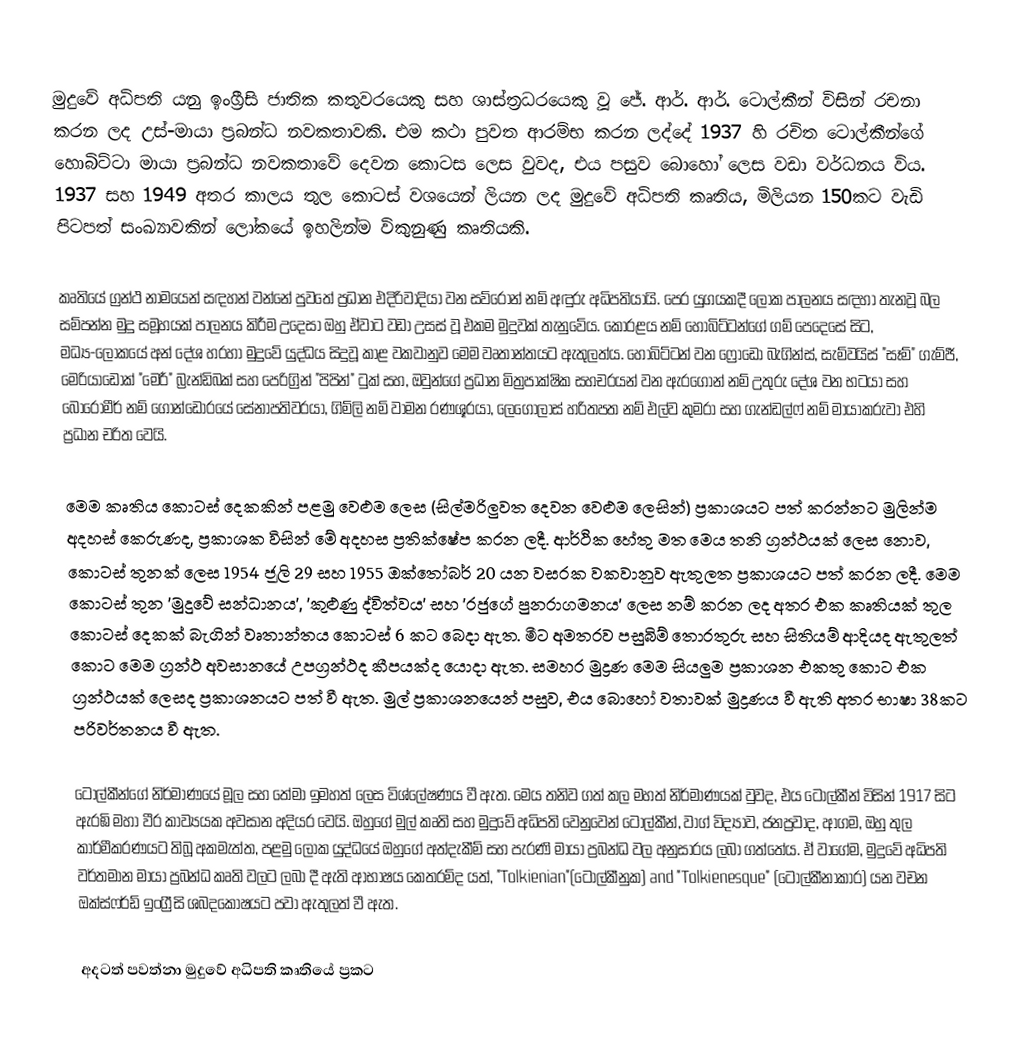
මුදුවේ අධිපති යනු ඉංග්‍රීසි ජාතික කතුවරයෙකු සහ ශාස්ත්‍රධරයෙකු වූ ජේ. ආර්. ආර්. ටොල්කීන් විසින් රචනා කරන ලද උස්-මායා ප්‍රබන්ධ  නවකතාවකි. එම කථා පුවත ආරම්භ කරන ලද්දේ 1937 හි රචිත ටොල්කීන්ගේ හොබිට්ටා මායා ප්‍රබන්ධ නවකතාවේ දෙවන කොටස ලෙස වුවද, එය පසුව බොහෝ ලෙස වඩා වර්ධනය විය. 1937 සහ 1949 අතර කාලය තුල කොටස් වශයෙන් ලියන ලද මුදුවේ අධිපති කෘතිය, මිලියන 150කට වැඩි පිටපත් සංඛ්‍යාවකින් ලෝකයේ ඉහලින්ම විකුනුණු කෘතියකි.

කෘතියේ ග්‍රන්ථ නාමයෙන් සඳහන් වන්නේ පුවතේ ප්‍රධාන එදිරිවාදියා වන සව්රොන් නම් අඳුරු අධිපතියායි. පෙර යුගයකදී ලෝක පාලනය සඳහා තැනවූ බල සම්පන්න මුදු සමූහයක් පාලනය කිරීම උදෙසා ඔහු ඒවාට වඩා උසස් වූ එකම මුදුවක් තැනුවේය. කෝරළය නම් හොබිට්ටන්ගේ ගම් පෙදෙසේ සිට, මධ්‍ය-ලෝකයේ අන් දේශ හරහා මුදුවේ යුද්ධය සිදුවූ කාළ වකවානුව මෙම වෘතාන්තයට ඇතුලත්ය. හොබිට්ටන් වන ෆ්‍රෝඩෝ බැගින්ස්, සැම්වයිස් "සෑම්" ගැම්ජී, මෙරියාඩොක් "මෙරී" බ්‍රැන්ඩිබක් සහ පෙරිග්‍රින් "පිපින්" ටුක් සහ, ඔවුන්ගේ ප්‍රධාන මිත්‍රපාක්ෂික සහචරයන් වන ඇරගෝන් නම් උතුරු දේශ වන භටයා සහ බොරොමීර් නම් ගොන්ඩෝරයේ සේනාපතිවරයා, ගිම්ලි නම් වාමන රණශූරයා, ලෙගොලාස් හරිතපත නම් එල්ව කුමරා සහ ගැන්ඩල්ෆ් නම් මායාකරුවා එහි ප්‍රධාන චරිත වෙයි.

මෙම කෘතිය කොටස් දෙකකින් පළමු වෙළුම ලෙස (සිල්මරිලුවත දෙවන වෙළුම ලෙසින්) ප්‍රකාශයට පත් කරන්නට මුලින්ම අදහස් කෙරුණද, ප්‍රකාශක විසින් මේ අදහස ප්‍රතික්ෂේප කරන ලදී. ආර්ථික හේතු මත මෙය තනි ග්‍රන්ථයක් ලෙස නොව, කොටස් තුනක් ලෙස 1954 ජූලි 29 සහ 1955 ඔක්තෝබර් 20 යන වසරක වකවානුව ඇතුලත ප්‍රකාශයට පත් කරන ලදී. මෙම කොටස් තුන 'මුදුවේ සන්ධානය', 'කුළුණු ද්විත්වය' සහ 'රජුගේ පුනරාගමනය' ලෙස නම් කරන ලද අතර එක කෘතියක් තුල කොටස් දෙකක් බැගින් වෘතාන්තය කොටස් 6 කට බෙදා ඇත. මීට අමතරව පසුබිම් තොරතුරු සහ සිතියම් ආදියද ඇතුලත් කොට මෙම ග්‍රන්ථ අවසානයේ උපග්‍රන්ථද කීපයක්ද යොදා ඇත. සමහර මුද්‍රණ මෙම සියලුම ප්‍රකාශන එකතු කොට එක ග්‍රන්ථයක් ලෙසද ප්‍රකාශනයට පත් වී ඇත. මුල් ප්‍රකාශනයෙන් පසුව, එය බොහෝ වතාවක් මුද්‍රණය වී ඇති අතර භාෂා 38කට පරිවර්තනය වී ඇත.

ටොල්කීන්ගේ නිර්මාණයේ මූල සහ තේමා ඉමහත් ලෙස විශ්ලේෂණය වී ඇත. මෙය තනිව ගත් කල මහත් නිර්මාණයක් වුවද, එය ටොල්කීන් විසින් 1917 සිට ඇරඹි මහා වීර කාව්‍යයක අවසාන අදියර වෙයි.  ඔහුගේ මුල් කෘති සහ මුදුවේ අධිපති වෙනුවෙන් ටොල්කීන්, වාග් විද්‍යාව, ජනප්‍රවාද‌, ආගම, ඔහු තුල කාර්මීකරණයට තිබූ අකමැත්ත, පළමු ලෝක යුද්ධයේ ඔහුගේ අත්දැකීම්  සහ පැරණි මායා ප්‍රබන්ධ වල අනුසාරය ලබා ගත්තේය. ඒ වාගේම, මුදුවේ අධිපති වර්තමාන මායා ප්‍රබන්ධ කෘති වලට ලබා දී ඇති ආභාෂය කෙතරම්ද යත්, "Tolkienian"(ටොල්කීනුක) and "Tolkienesque" (ටොල්කීනාකාර) යන වචන ඔක්ස්ෆර්ඩ් ඉංග්‍රීසි ශබදකෝෂයට පවා ඇතුලත් වී ඇත.

අදටත් පවත්නා මුදුවේ අධිපති කෘතියේ ප්‍රකට